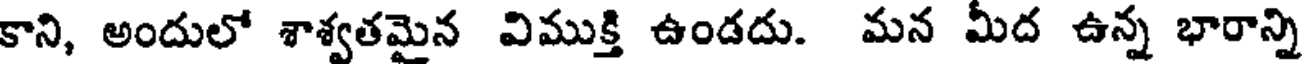
కాని, అందులో శాశ్వతమైన విముక్తి ఉండదు. మన మీద ఉన్న భారాన్ని